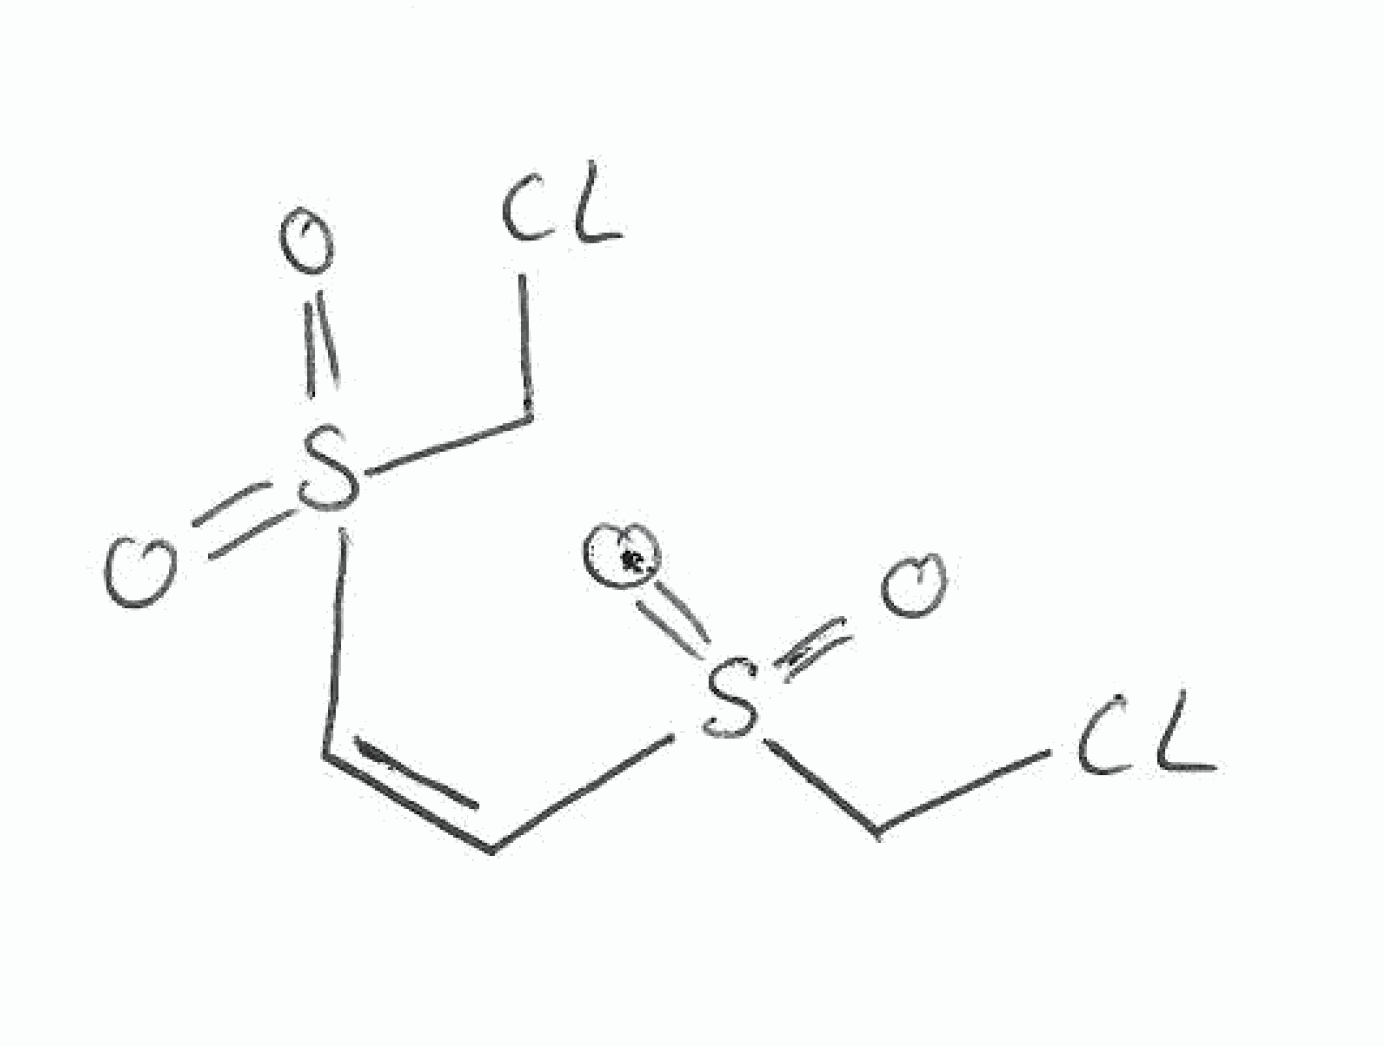
Simplified molecular-input line-entry system (SMILES) notation of the given molecule:
C(S(=O)(=O)/C=C\S(=O)(=O)CCl)Cl